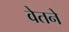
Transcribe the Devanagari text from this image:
वेतने